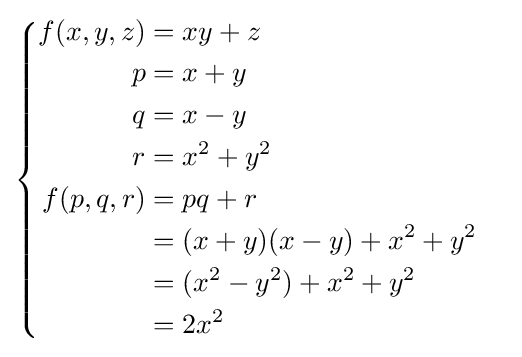
{\begin{cases}{\begin{aligned}f(x,y,z)&=xy+z\\p&=x+y\\q&=x-y\\r&=x^{2}+y^{2}\\f(p,q,r)&=pq+r\\&=(x+y)(x-y)+x^{2}+y^{2}\\&=(x^{2}-y^{2})+x^{2}+y^{2}\\&=2x^{2}\end{aligned}}\end{cases}}